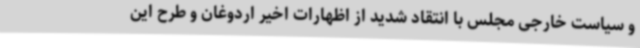
و سیاست خارجی مجلس با انتقاد شدید از اظهارات اخیر اردوغان و طرح این